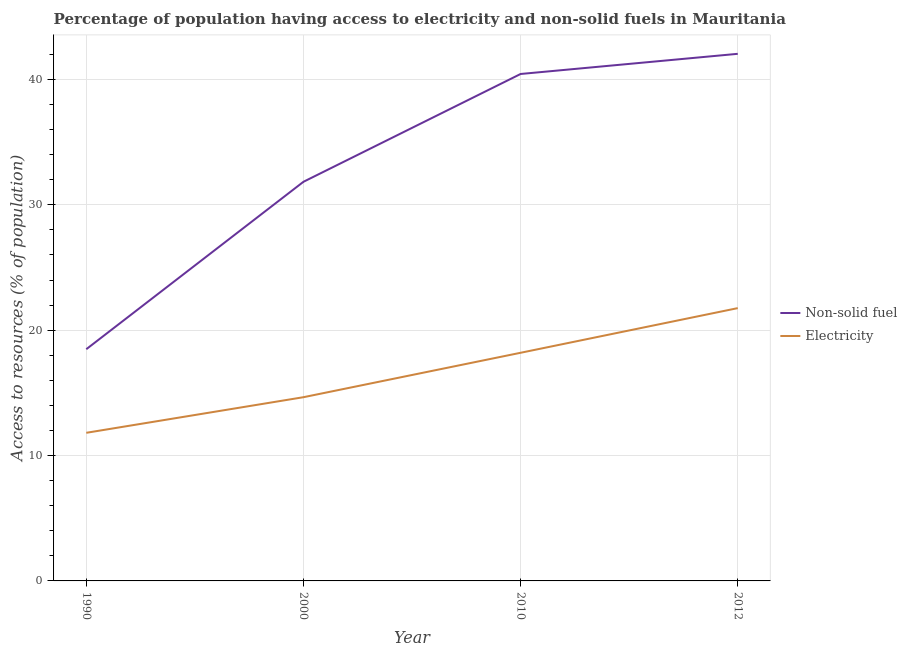
| Year | Non-solid fuel | Electricity |
 | --- | --- | --- |
 | 1990 | 18.5 | 11.8 |
 | 2000 | 31.8 | 14.7 |
 | 2010 | 40.4 | 18.2 |
 | 2012 | 42 | 21.8 |